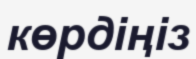
көрдіңіз